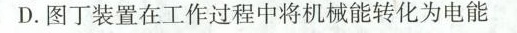
D.图丁装置在工作过程中将机械能转化为电能